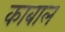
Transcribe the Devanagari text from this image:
काबाल